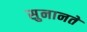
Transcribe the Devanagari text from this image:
सुनानते